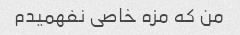
من که مزه خاصی نفهمیدم